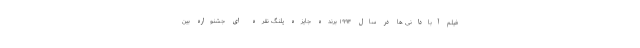
فیلم آبادانی ها در سال ۱۹۹۴ برنده جایزه پلنگ نقره ای جشنواره بین